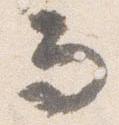
而